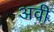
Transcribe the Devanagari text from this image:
अवी